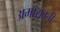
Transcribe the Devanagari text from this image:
अमारावती